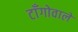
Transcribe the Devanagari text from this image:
टाँगोवाले